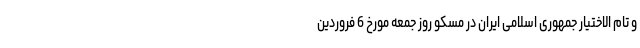
و تام الاختیار جمهوری اسلامی ایران در مسکو روز جمعه مورخ 6 فروردین